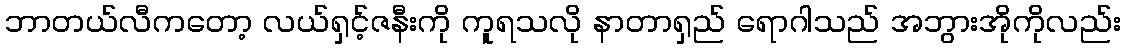
ဘာတယ်လီကတော့ လယ်ရှင့်ဇနီးကို ကူရသလို နာတာရှည် ရောဂါသည် အဘွားအိုကိုလည်း